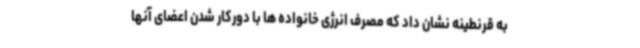
به قرنطینه نشان داد که مصرف انرژی خانواده ها با دورکار شدن اعضای آنها